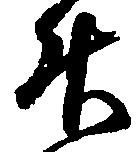
升